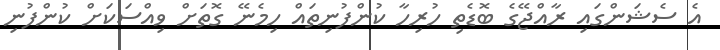
އެ ސެޝަންގައި ރާއްޖޭގެ ބޮޑެތި ހުރިހާ ކުންފުނިތައް ހިމެނޭ ގޮތަށް ވިއްސަކަށް ކުންފުނި